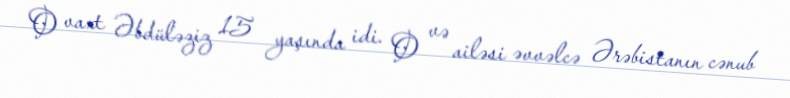
O vaxt Əbdüləziz 15 yaşında idi. O və ailəsi əvvəlcə Ərəbistanın cənub